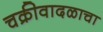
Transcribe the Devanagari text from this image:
चक्रीवादळाचा